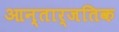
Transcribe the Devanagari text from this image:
आन्तार्जतिक